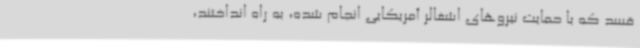
قسد که با حمایت نیروهای اشغالر آمریکایی انجام شده، به راه انداختند،